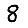
Digit: 8